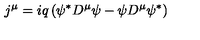
j ^ { \mu } = i q \left( \psi ^ { \ast } D ^ { \mu } \psi - \psi D ^ { \mu } \psi ^ { \ast } \right)